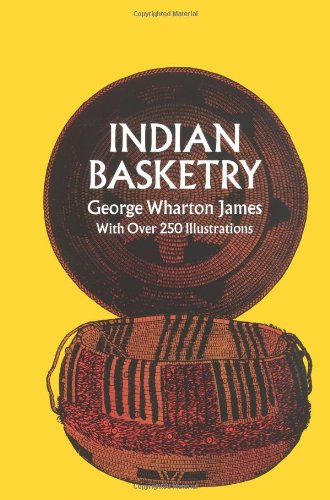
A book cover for Indian Basketry; George Wharton James; Crafts, Hobbies & Home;